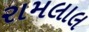
રામલાલ